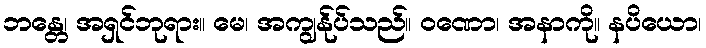
ဘန္တေ၊ အရှင်ဘုရား။ မေ၊ အကျွန်ုပ်သည်။ ဝဏော၊ အနာကို။ နပိယော၊